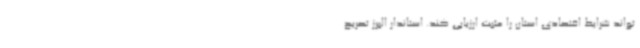
‌تواند شرایط اقتصادی استان را مثبت ارزیابی کند. استاندار البرز تصریح